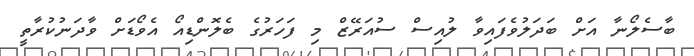
ބާސެލޯނާ އަށް ބަދަލުވެފައިވާ ލުއިސް ސުއަރޭޒް މި ފަހަރުގެ ބެލޮންޑިއޯ އެވޯޑަށް ވާދަނުކުރާތީ